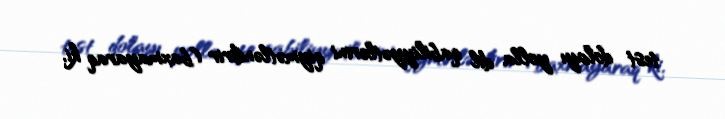
test dolayı yolla dil qabiliyyətlərini qiymətləndirir (baxmayaraq ki,